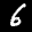
Label: 6